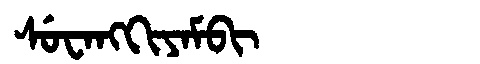
Manchu: ᠰᡠᠸᠠᠩᡴᡳᠶᠠᠮᠪᡳ
Romanization: SUWANGKIYAMBI